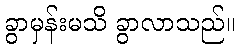
ခွာမှန်းမသိ ခွာလာသည်။